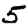
Digit: 5